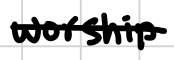
Text: worship
Cross-out: mix
Writing tool: digital_black